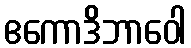
ဧကောဒိဘာဝေါ